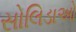
સોલિડાઓ